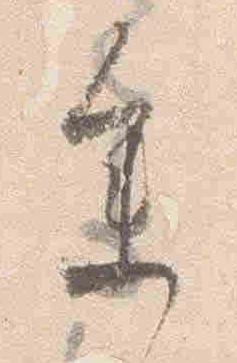
参